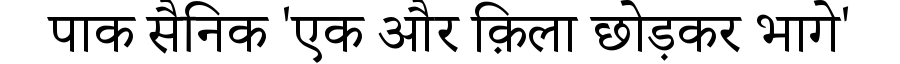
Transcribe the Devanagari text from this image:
पाक सैनिक 'एक और क़िला छोड़कर भागे'